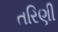
તરિણી